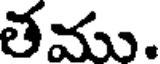
తము.